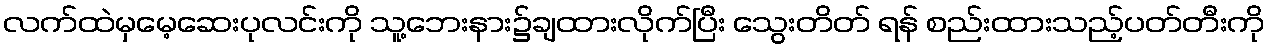
လက်ထဲမှမေ့ဆေးပုလင်းကို သူ့ဘေးနား၌ချထားလိုက်ပြီး သွေးတိတ် ရန် စည်းထားသည့်ပတ်တီးကို